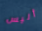
أليس